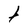
Character: t